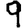
Digit: 9